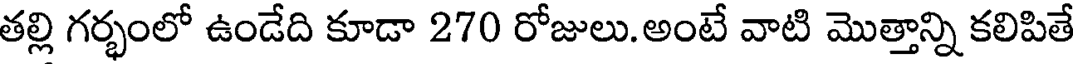
తల్లి గర్భంలో ఉండేది కూడా 270 రోజులు.అంటే వాటి మొత్తాన్ని కలిపితే